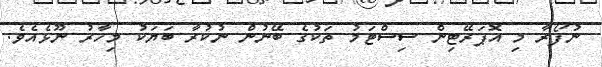
ނުފޯރާ މި އޮޕަރޭޓިން ސިސްޓަމު ތަކުގެ ބޭނުން ނުކުރާ ބަޔަކު މިހާރު ނޫޅެއެވެ.